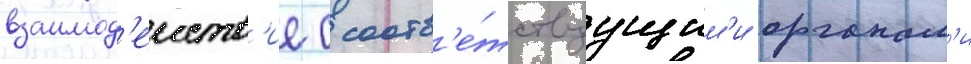
взаимод'еиств'ие с соотв'е́тствуущим'и органам'и